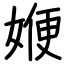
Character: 㛹